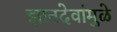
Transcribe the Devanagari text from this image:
ज्ञानदेवांमुळे